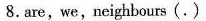
8. are,we,neighbours(.)